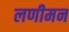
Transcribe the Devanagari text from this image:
लणीमन